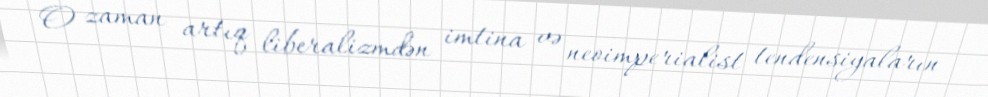
O zaman artıq liberalizmdən imtina və neoimperialist tendensiyaların